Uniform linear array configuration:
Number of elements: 4
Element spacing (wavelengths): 0.5
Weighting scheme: kaiser
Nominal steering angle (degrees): -45
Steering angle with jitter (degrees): -45.211
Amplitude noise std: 0.05
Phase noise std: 0.05

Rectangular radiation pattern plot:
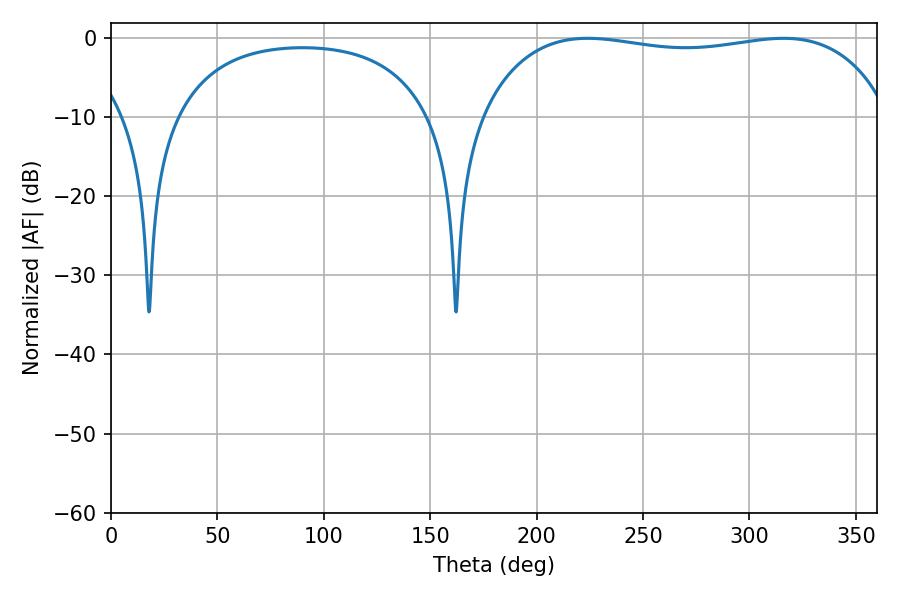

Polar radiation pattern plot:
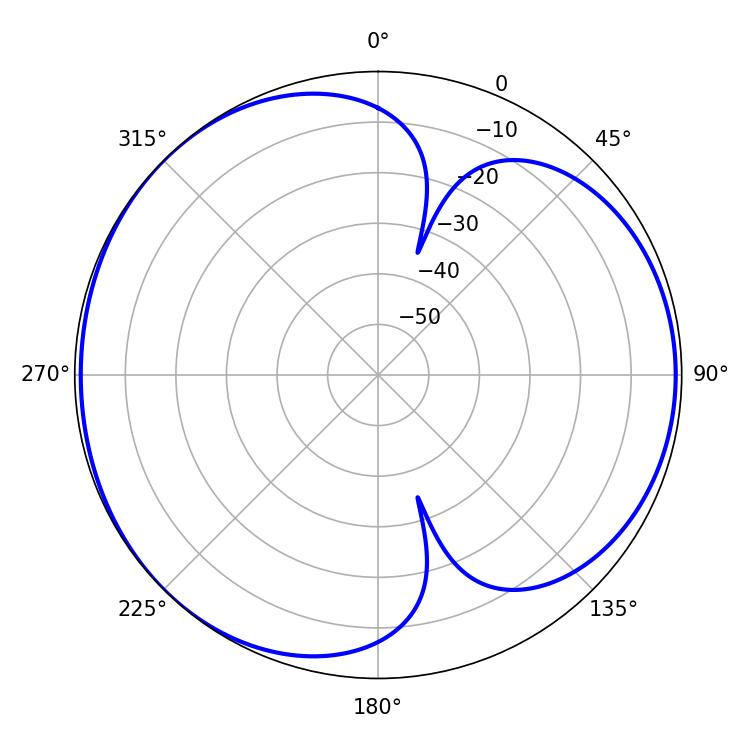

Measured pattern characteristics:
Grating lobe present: FALSE
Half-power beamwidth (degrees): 154.8
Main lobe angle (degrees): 223.92